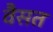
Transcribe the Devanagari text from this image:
वैसत